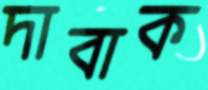
দাবাক